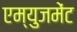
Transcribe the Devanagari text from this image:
एम्‍युजमेंट